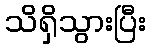
သိရှိသွားပြီး